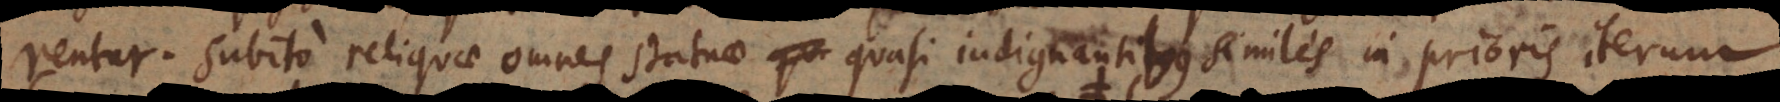
rentur. Subito reliquae omnes statuae quasi indignantibus similes in prioris iterum